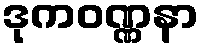
ဒုကဝဏ္ဏနာ